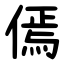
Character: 傿